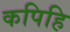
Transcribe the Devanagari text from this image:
कपिहि